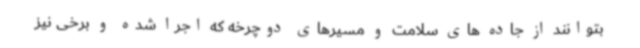
بتوانند از جاده های سلامت و مسیرهای دوچرخه که اجرا شده و برخی نیز